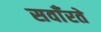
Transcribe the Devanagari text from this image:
सवाँरते